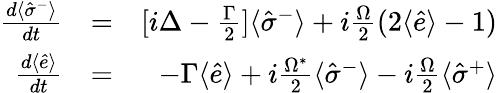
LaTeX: \begin{array}{rlr}{\frac{d\langle\hat{\sigma}^{-}\rangle}{dt}}&{=}&{[i\Delta-\frac{\Gamma}{2}]\langle\hat{\sigma}^{-}\rangle+i\frac{\Omega}{2}(2\langle\hat{e}\rangle-1)}\\ {\frac{d\langle\hat{e}\rangle}{dt}}&{=}&{-\Gamma\langle\hat{e}\rangle+i\frac{\Omega^{*}}{2}\langle\hat{\sigma}^{-}\rangle-i\frac{\Omega}{2}\langle\hat{\sigma}^{+}\rangle}\end{array}